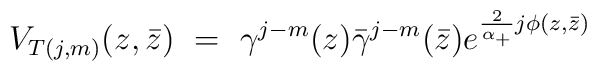
V_{T(j,m)}(z,\bar z) ~ = ~ \gamma ^{j-m}(z)\bar \gamma ^{j-m}(\bar z)e^{\frac 2{\alpha_{+}}j\phi (z,\bar z)}